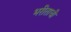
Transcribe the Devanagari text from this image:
भरीताची